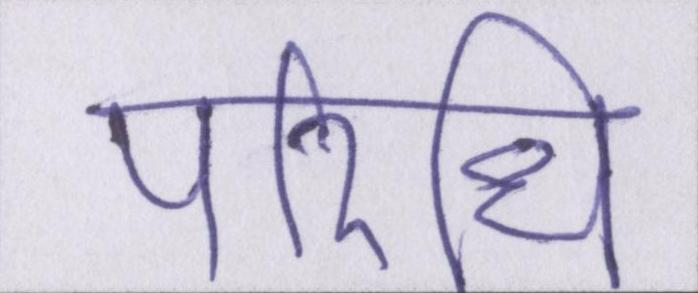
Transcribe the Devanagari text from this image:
परिधि